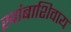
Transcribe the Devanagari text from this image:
खांबाशिवाय